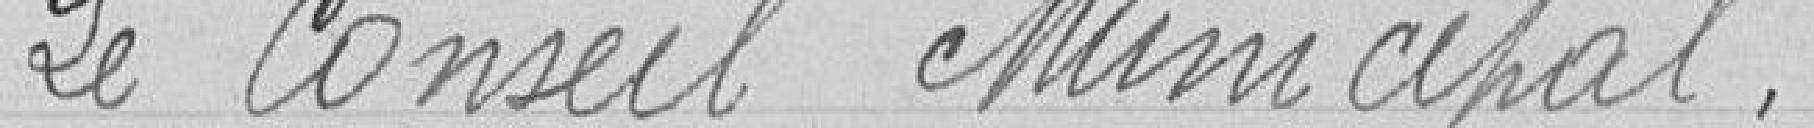
Le Conseil Municipal,